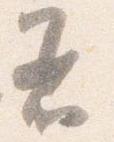
着